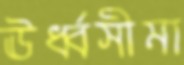
ঊর্ধ্বসীমা